Indian journal of veterinary science and animal husbandry - Volume 3,
Year: 1933
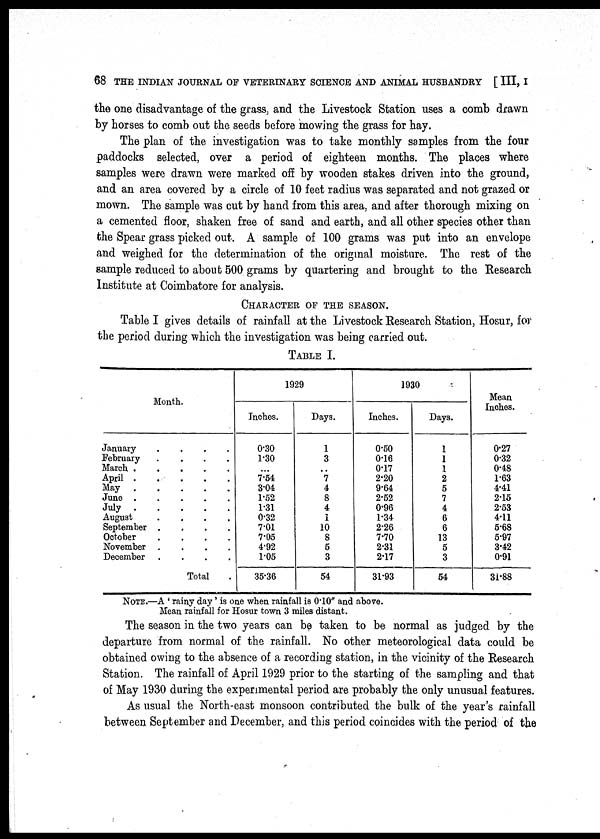
68 THE INDIAN JOURNAL OF VETERINARY SCIENCE AND ANIMAL HUSBANDRY [ III, I
the one disadvantage of the grass, and the Livestock Station uses a comb drawn
by horses to comb out the seeds before mowing the grass for hay.
The plan of the investigation was to take monthly samples from the four
paddocks selected, over a period of eighteen months. The places where
samples were drawn were marked off by wooden stakes driven into the ground,
and an area covered by a circle of 10 feet radius was separated and not grazed or
mown. The sample was cut by hand from this area, and after thorough mixing on
a cemented floor, shaken free of sand and earth, and all other species other than
the Spear grass picked out. A sample of 100 grams was put into an envelope
and weighed for the determination of the original moisture. The rest of the
sample reduced to about 500 grams by quartering and brought to the Research
Institute at Coimbatore for analysis.
CHARACTER OF THE SEASON.
Table I gives details of rainfall at the Livestock Research Station, Hosur, for
the period during which the investigation was being carried out.
TABLE I.
Month
January . . . .
February . . . .
March . . . . .
April . . . . .
May . . . . .
June . . . . .
July . . . . .
August . . . .
September . . . .
October . . . .
November . . . .
December . . . .
Total
1929
Inches.
0.30
1.30
...
7.54
3.04
1.52
1.31
0.32
7.01
7.05
4.92
1.05
35.36
Days.
1
3
..
7
4
8
4
1
10
8
5
3
54
1930
Inches.
0.50
0.16
0.17
2.20
9.64
2.52
0.96
1.34
2.26
7.70
2.31
2.17
31.93
Days.
1
1
1
2
5
7
4
6
6
13
5
3
54
Mean
Inches.
0.27
0.32
0.48
1.63
4.41
2.15
2.53
4.11
5.68
5.97
3.42
0.91
31.88
NOTE.—A ' rainy day ' is one when rainfall is 0.10" and above.
Mean rainfall for Hosur town 3 miles distant.
The season in the two years can be taken to be normal as judged by the
departure from normal of the rainfall. No other meteorological data could be
obtained owing to the absence of a recording station, in the vicinity of the Research
Station. The rainfall of April 1929 prior to the starting of the sampling and that
of May 1930 during the experimental period are probably the only unusual features.
As usual the North-east monsoon contributed the bulk of the year's rainfall
between September and December, and this period coincides with the period of the